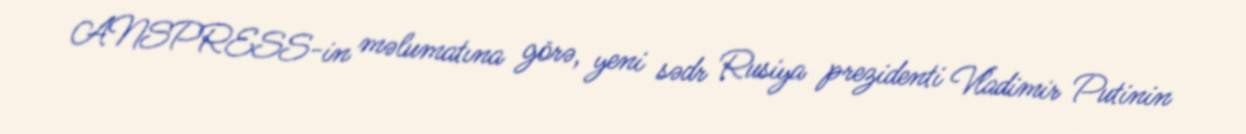
ANSPRESS-in məlumatına görə, yeni sədr Rusiya prezidenti Vladimir Putinin